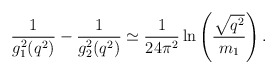
\begin{align*}{1\over g_1^2(q^2)}-{1\over g_2^2(q^2)} \simeq{1\over 24\pi^2}\ln\left({\sqrt{q^2}\over m_1}\right).\end{align*}